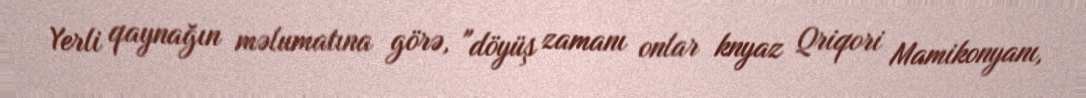
Yerli qaynağın məlumatına görə, "döyüş zamanı onlar knyaz Qriqori Mamikonyanı,